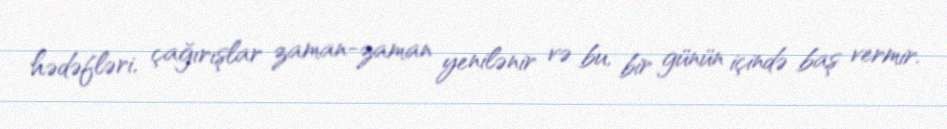
hədəfləri, çağırışlar zaman-zaman yenilənir və bu, bir günün içində baş vermir.